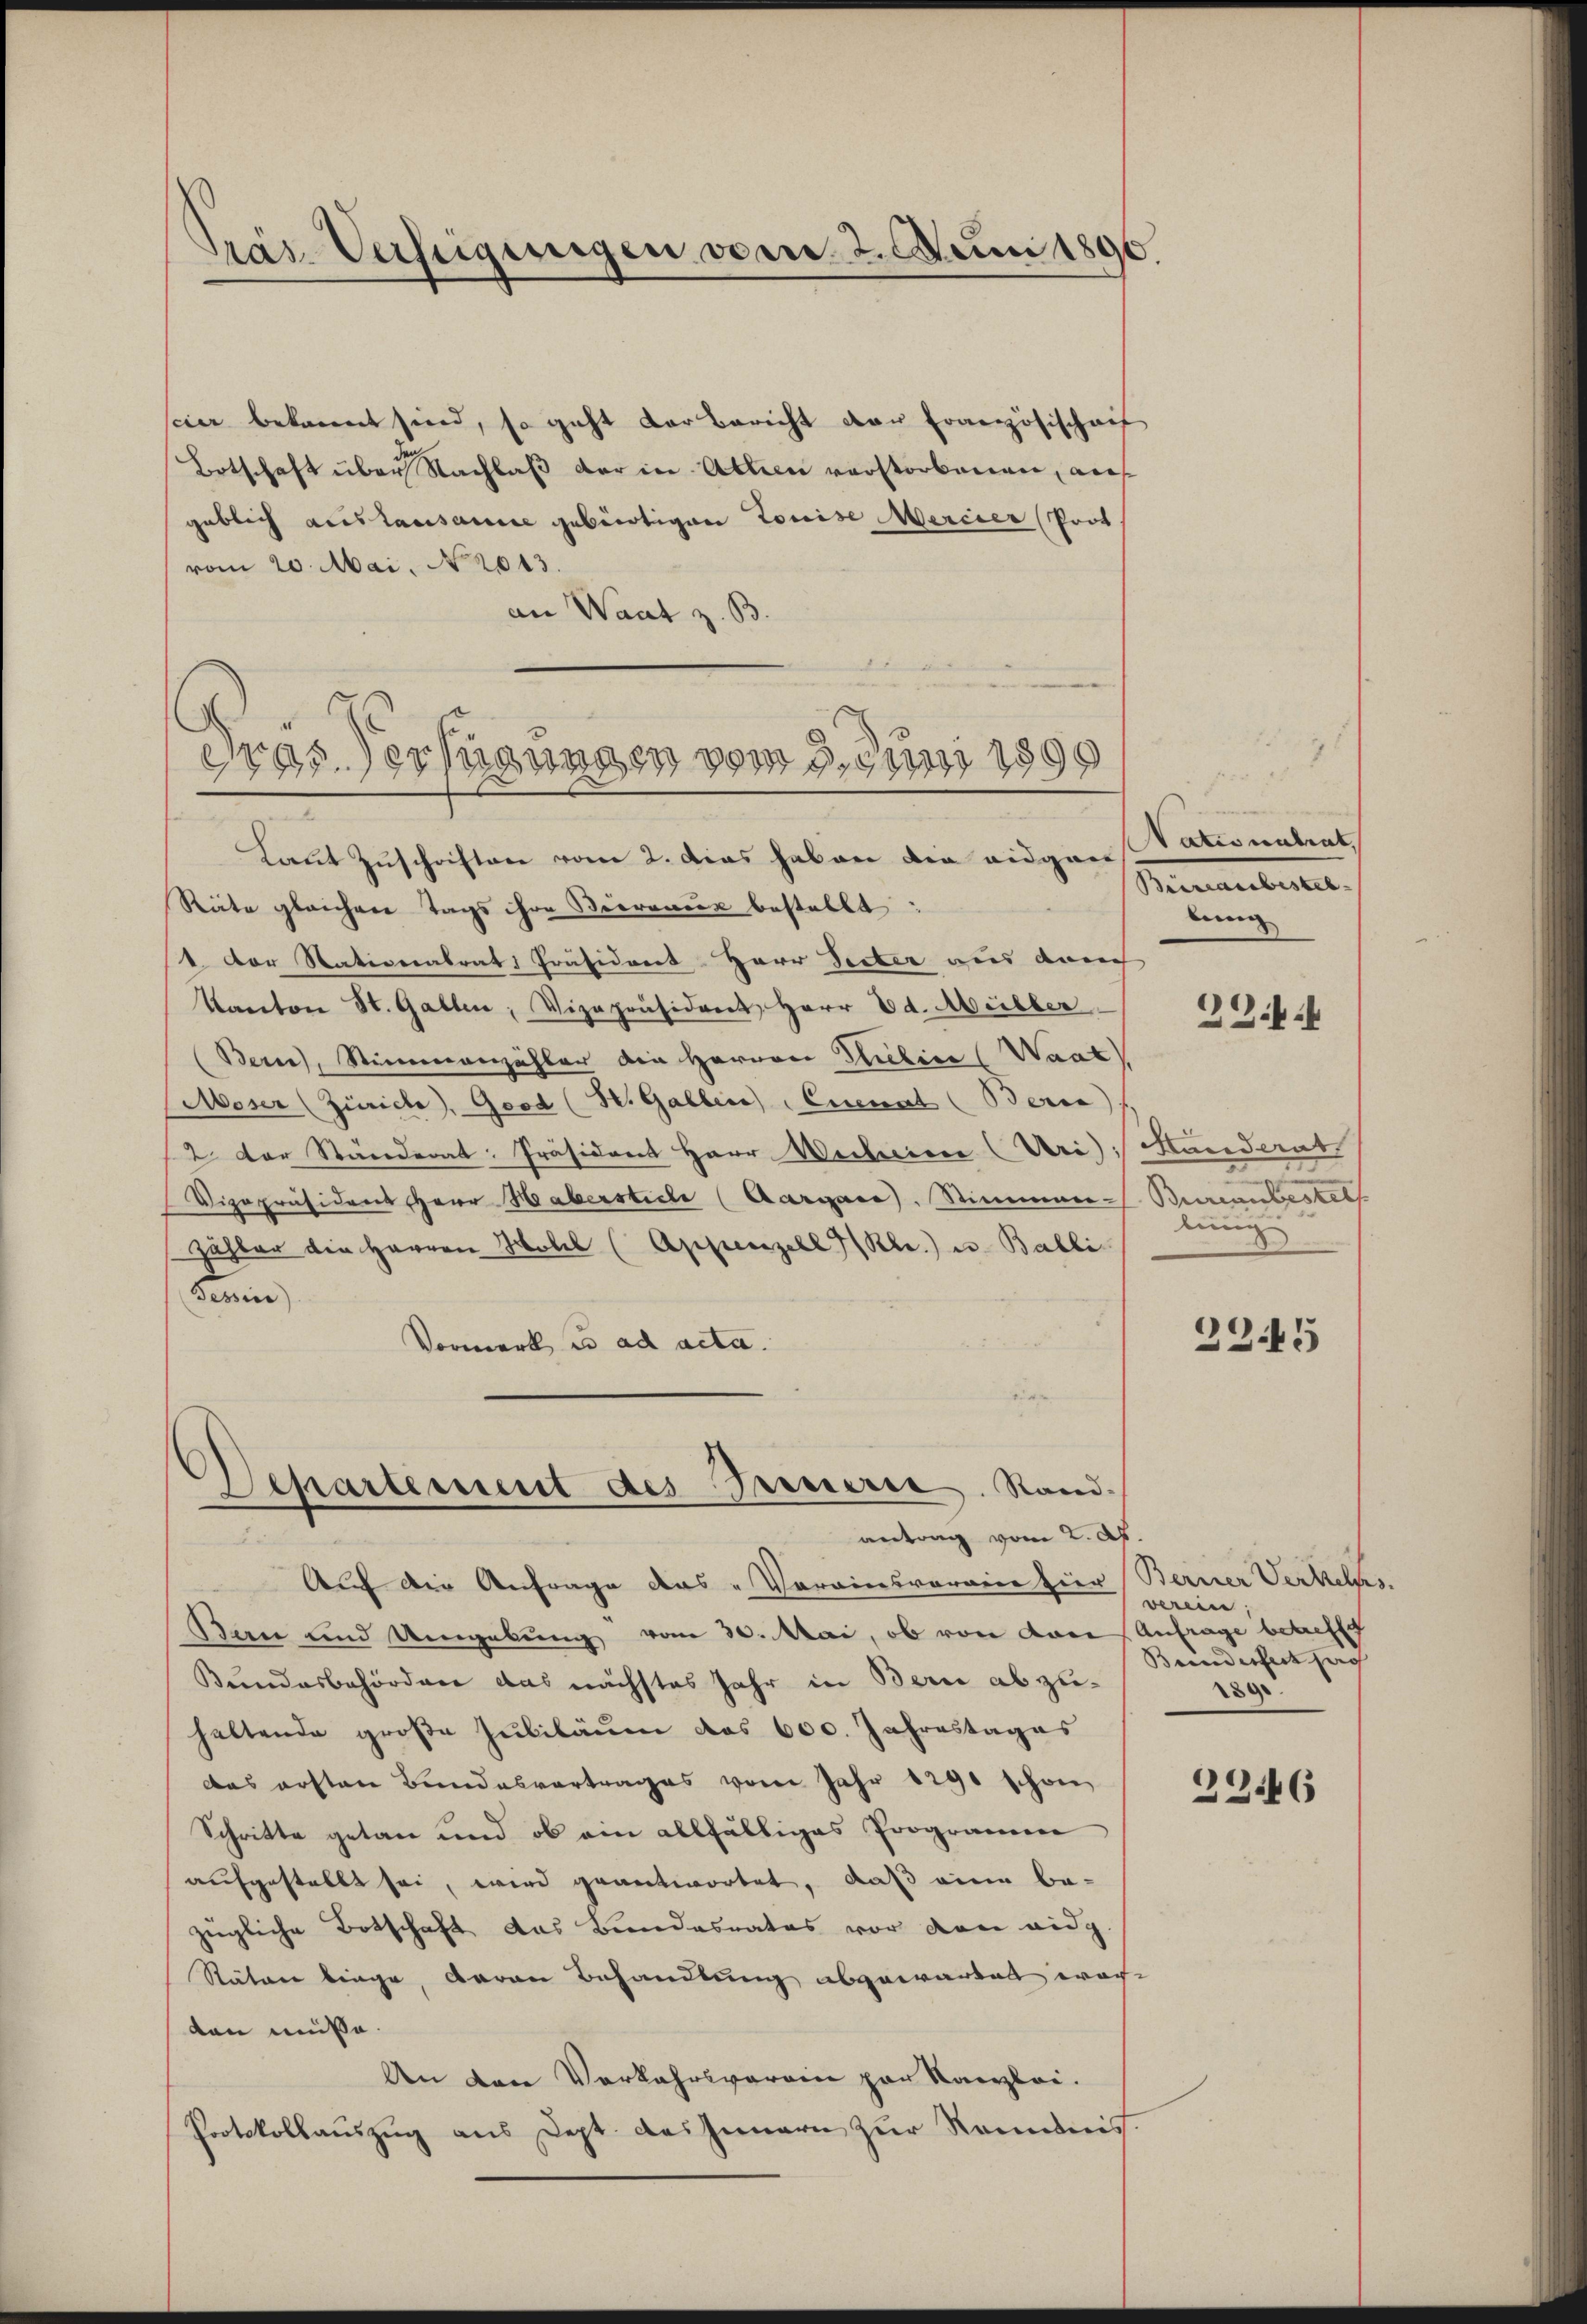
Präs. Verfügungen vom 2. Juni 1890.

cier bekannt sind, so geht der Bericht der Französischaf
Botschaft über Nachlaß der in Abtien verstorbenen, auf
geblich auslausanne gebürtigen Louise Mercier Prot
vom 20. Mai, No 2013.
an Waat z. B

Tras Verfügungen vom 3. Juni 1890

Departement des Fernerie. Stand.
antrag vom 2. d.
 ein

Laut Zuschriften vom 2. Das haben die eidgaer
Räte gleichen Tags ihre Beereneur bestellt:
1. Der Nationalrats Präsident Herr Seiter aus dauch
Kanton St. Gallen, Vizepräsident, Herr Ed. Meilber
Bern, Stimmenzähler die Herren Thelice (Waat
Moser (Zürich, Good (St. Gallere Enenat (Berne
2. Der Ständerat: Präsident Herr Wechine Uri, Landerat
Vizepräsident, Herr Habersticle (Aargare, Stimmen Bureaubestel
zähler die Herren Hotel (Appenzell I/Rhr.) u. Balli
Fenin
Vormerk u. ad acta.
Auf die Anfrage das „Vorainsvormier hier Sterner Verkehrs
Ban und Umgebung vom 30. Mai, ob von dere Anfrage betreffe
Bundesbehörden das nächstes Jahr in Bern abzuhaltende große Jubiläum des 600. Jahrestages
das ersten Bundesvertrages vom Jahr 1790 schon
Schritte getan und ob ein allfälliges Programm
aufgestellt sei, wird geantwortet, daß eine be-
zügliche Botschaft das Beendesrates vor den eidg.
Stäten binge, daran Behandlung abgewartet worden müsse.
An den Vorkehrsverein par Kanzlei.
Protokollauszug aus Dept. des Innern zur Kenntnis.

Nationalrat
Biirlaubestel
ding
234.

lung

2245

vereine
Brinderheit sag
229

23446